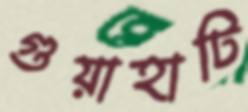
গুয়াহাটি